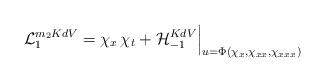
LaTeX: \begin{align*}{\cal L}_{1}^{m_2KdV} = \chi_{x} \, \chi_{t} + {\cal H}_{-1}^{KdV}\Big|_{ u = \Phi(\chi_{x}, \chi_{xx},\chi_{xxx} ) }\end{align*}